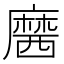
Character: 𪎢